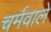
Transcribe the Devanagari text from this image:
चर्मवाले